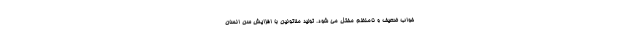
خواب ضعیف و نامنظم مختل می شود. تولید ملاتونین با افزایش سن انسان